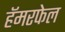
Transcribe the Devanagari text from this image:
हॅमरफेल